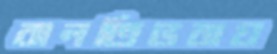
বালতিভরায